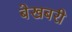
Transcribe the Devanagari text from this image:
बेखबरी